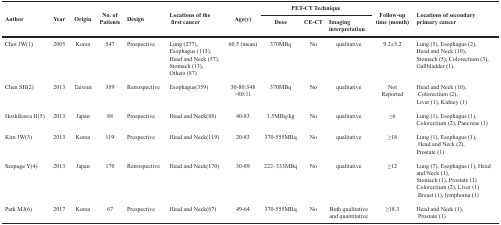
<table><thead><tr><td rowspan="2"><b>Author</b></td><td rowspan="2"><b>Year</b></td><td rowspan="2"><b>Origin</b></td><td rowspan="2"><b>No. of Patients</b></td><td rowspan="2"><b>Design</b></td><td rowspan="2"><b>Locations of the first cancer</b></td><td rowspan="2"><b>Age(y)</b></td><td colspan="3"><b>PET-CT Technique</b></td><td rowspan="2"><b>Follow-up time (month)</b></td><td rowspan="2"><b>Locations of secondary primary cancer</b></td></tr><tr><td><b>Dose</b></td><td><b>CE-CT</b></td><td><b>Imaging interpretation</b></td></tr></thead><tbody><tr><td>Choi JW(1)</td><td>2005</td><td>Korea</td><td>547</td><td>Prospective</td><td>Lung (277), Esophagus (113), Head and Neck (57), Stomach (13), Others (87)</td><td>60.5 (mean)</td><td>370MBq</td><td>No</td><td>qualitative</td><td>9.2±5.2</td><td>Lung (5), Esophagus (2), Head and Neck (10), Stomach (5), Colorectium (3), Gallbladder (1).</td></tr><tr><td>Chen SH(2)</td><td>2013</td><td>Taiwan</td><td>359</td><td>Retrospective</td><td>Esophagus(359)</td><td>30-80:348 &gt;80:11</td><td>370MBq</td><td>No</td><td>qualitative</td><td>Not Reported</td><td>Head and Neck (10), Colorectium (2), Liver (1), Kidney (1)</td></tr><tr><td>Hoshikawa H(5)</td><td>2013</td><td>Japan</td><td>88</td><td>Prospective</td><td>Head and Neck(88)</td><td>40-83</td><td>3.5MBq/kg</td><td>No</td><td>qualitative</td><td>≥6</td><td>Lung (1), Esophagus (1), Colorectium (2), Pancreas (1)</td></tr><tr><td>Kim JW(3)</td><td>2013</td><td>Korea</td><td>119</td><td>Prospective</td><td>Head and Neck(119)</td><td>20-83</td><td>370-555MBq</td><td>No</td><td>qualitative</td><td>≥18</td><td>Lung (1), Esophagus (1), Head and Neck (2), Prostate (1)</td></tr><tr><td>Seepage Y(4)</td><td>2013</td><td>Japan</td><td>170</td><td>Retrospective</td><td>Head and Neck(170)</td><td>30-89</td><td>222–333MBq</td><td>No</td><td>qualitative</td><td>≥12</td><td>Lung (7), Esophagus (1), Head and Neck (1), Stomach (1), Prostate (1) Colorectium (2), Liver (1) Breast (1), lymphoma (1)</td></tr><tr><td>Park MJ(6)</td><td>2017</td><td>Korea</td><td>67</td><td>Prospective</td><td>Head and Neck(67)</td><td>49-64</td><td>370-555MBq</td><td>No</td><td>Both qualitative and quantitative</td><td>≥18.3</td><td>Head and Neck (1), Prostate (1)</td></tr></tbody></table>